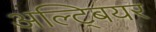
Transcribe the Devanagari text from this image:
अल्ट्बियर